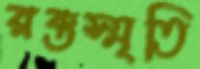
রক্তস্মৃতি